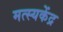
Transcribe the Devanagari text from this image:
मत्स्यकेंद्र